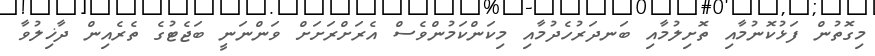
މިގޮތުން ފަޅުކޮނުމާއި ތޮށިލުމާއި ބަނދަރުހެދުމާއި މިކަންކަމުންވެސް އެރަށްރަށަށް ވަންނަނީ ބަޖެޓުގެ ތެރެއިން ދާޚިލުވާ